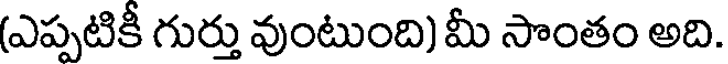
(ఎప్పటికీ గుర్తు వుంటుంది) మీ సొంతం అది.